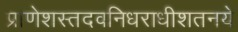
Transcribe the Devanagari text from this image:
प्राणेशस्तदवनिधराधीशतनये